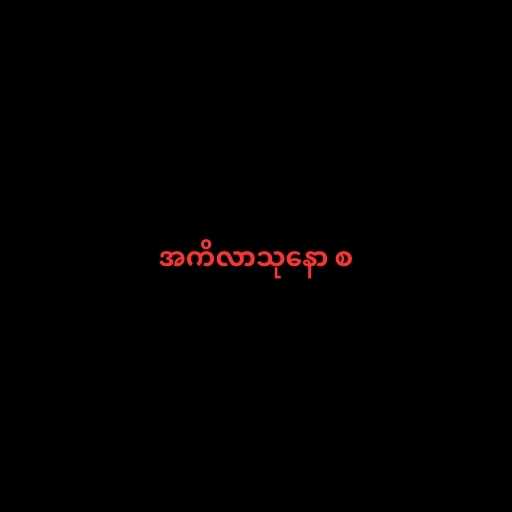
အကိလာသုနော စ